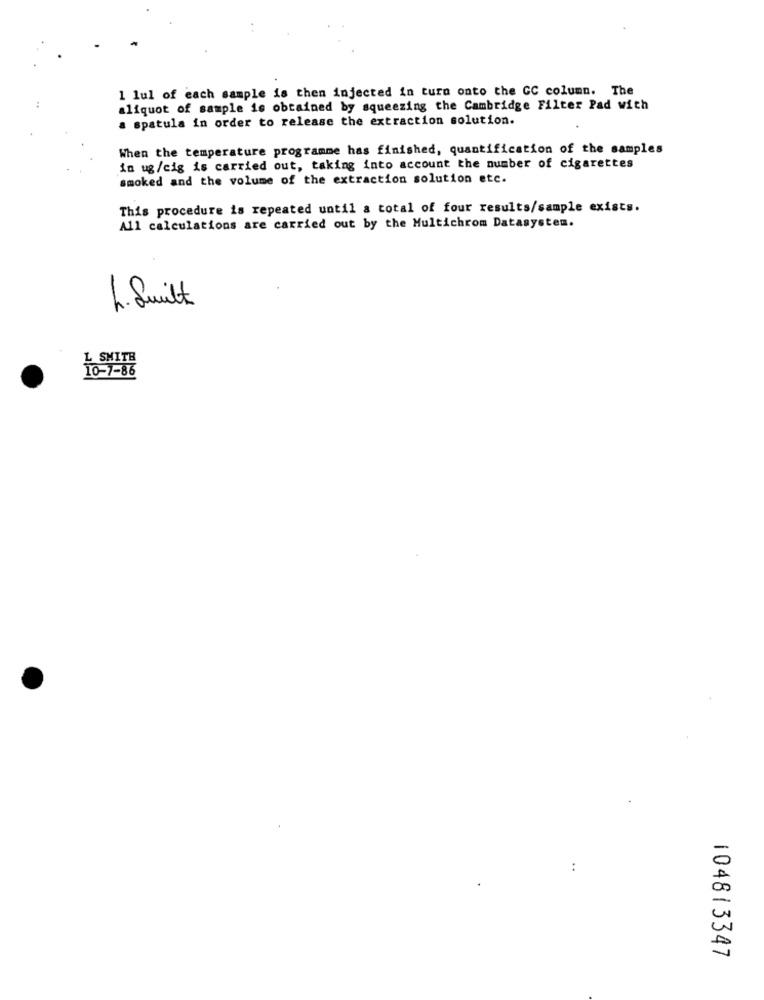
1 lul of each sample is then injected in turn onto the CC column. The
aliquot of sample is obtained by squeezing the Cambridge Filter Pad with
a spatula in order to release the extraction solution.
When the temperature programme has finished, quantification of the samples
in ug/cig is carried out, taking into account the number of cigarettes
smoked and the volume of the extraction solution etc.
This procedure is repeated until a total of four results/sample exists.
All calculations are carried out by the Multichrom Datasystem.
L. Suit
SMITH
10-7-86
:
104813347